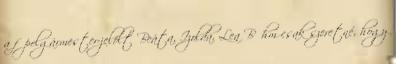
a főpolgármester-jelölt Beáta, Izolda, Lea Bőhm csak szeretné, hogy